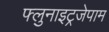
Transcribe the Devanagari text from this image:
फ्लुनाइट्रजेपाम